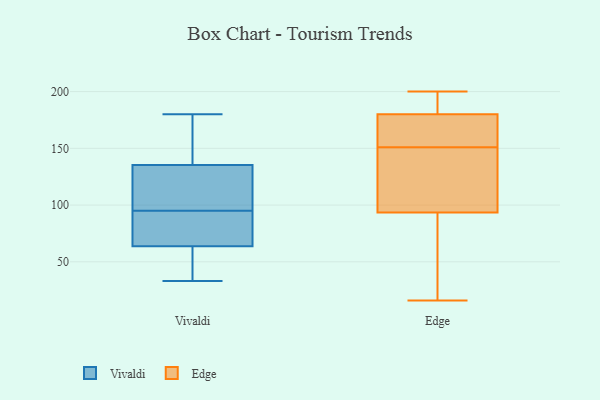
{"axis": {"x": "Page Views", "y": "Value"}, "legend": ["Edge", "Vivaldi"], "data": [{"x": "", "y": 50, "type": "Vivaldi"}, {"x": "", "y": 95, "type": "Vivaldi"}, {"x": "", "y": 33, "type": "Vivaldi"}, {"x": "", "y": 67, "type": "Vivaldi"}, {"x": "", "y": 60, "type": "Vivaldi"}, {"x": "", "y": 180, "type": "Vivaldi"}, {"x": "", "y": 135, "type": "Vivaldi"}, {"x": "", "y": 151, "type": "Vivaldi"}, {"x": "", "y": 84, "type": "Vivaldi"}, {"x": "", "y": 65, "type": "Vivaldi"}, {"x": "", "y": 147, "type": "Vivaldi"}, {"x": "", "y": 50, "type": "Vivaldi"}, {"x": "", "y": 97, "type": "Vivaldi"}, {"x": "", "y": 115, "type": "Vivaldi"}, {"x": "", "y": 82, "type": "Vivaldi"}, {"x": "", "y": 112, "type": "Vivaldi"}, {"x": "", "y": 136, "type": "Vivaldi"}, {"x": "", "y": 28, "type": "Edge"}, {"x": "", "y": 200, "type": "Edge"}, {"x": "", "y": 71, "type": "Edge"}, {"x": "", "y": 133, "type": "Edge"}, {"x": "", "y": 183, "type": "Edge"}, {"x": "", "y": 198, "type": "Edge"}, {"x": "", "y": 87, "type": "Edge"}, {"x": "", "y": 135, "type": "Edge"}, {"x": "", "y": 172, "type": "Edge"}, {"x": "", "y": 167, "type": "Edge"}, {"x": "", "y": 168, "type": "Edge"}, {"x": "", "y": 105, "type": "Edge"}, {"x": "", "y": 100, "type": "Edge"}, {"x": "", "y": 177, "type": "Edge"}, {"x": "", "y": 187, "type": "Edge"}, {"x": "", "y": 16, "type": "Edge"}]}